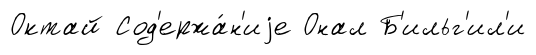
Октай Сод'ержа́н'иjе Онал Б'ильг'ил'и